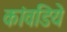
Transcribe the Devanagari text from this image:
कांवडिये